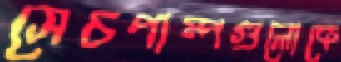
সেচপাম্পগুলোকে